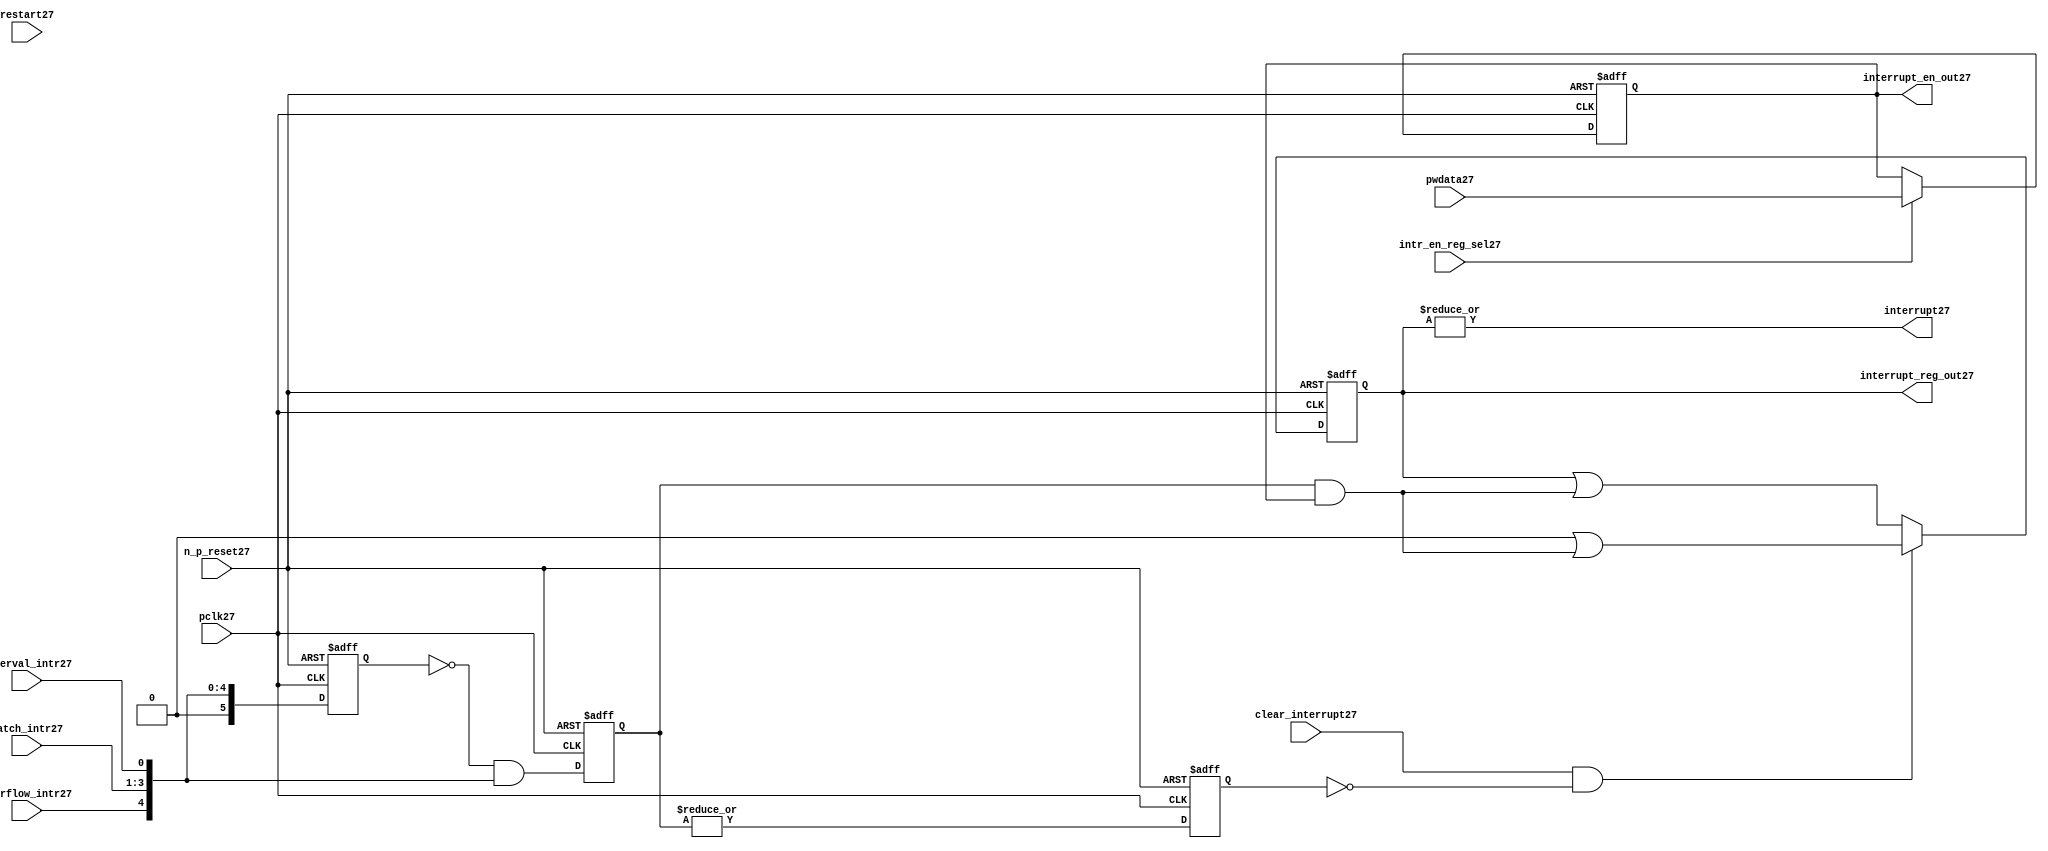
//File27 name   : ttc_interrupt_lite27.v
//Title27       : 
//Created27     : 1999
//Description27 : Interrupts27 from the counter modules27 are registered
//              and if enabled cause the output interrupt27 to go27 high27.
//              Also27 the match127 interrupts27 are monitored27 to generate output 
//Notes27       : 
//----------------------------------------------------------------------
//   Copyright27 1999-2010 Cadence27 Design27 Systems27, Inc27.
//   All Rights27 Reserved27 Worldwide27
//
//   Licensed27 under the Apache27 License27, Version27 2.0 (the
//   "License27"); you may not use this file except27 in
//   compliance27 with the License27.  You may obtain27 a copy of
//   the License27 at
//
//       http27://www27.apache27.org27/licenses27/LICENSE27-2.0
//
//   Unless27 required27 by applicable27 law27 or agreed27 to in
//   writing, software27 distributed27 under the License27 is
//   distributed27 on an "AS27 IS27" BASIS27, WITHOUT27 WARRANTIES27 OR27
//   CONDITIONS27 OF27 ANY27 KIND27, either27 express27 or implied27.  See
//   the License27 for the specific27 language27 governing27
//   permissions27 and limitations27 under the License27.
//----------------------------------------------------------------------
 


//-----------------------------------------------------------------------------
// Module27 definition27
//-----------------------------------------------------------------------------

module ttc_interrupt_lite27(

  //inputs27
  n_p_reset27,                             
  pwdata27,                             
  pclk27,
  intr_en_reg_sel27, 
  clear_interrupt27,                   
  interval_intr27,
  match_intr27,
  overflow_intr27,
  restart27,

  //outputs27
  interrupt27,
  interrupt_reg_out27,
  interrupt_en_out27
  
);


//-----------------------------------------------------------------------------
// PORT DECLARATIONS27
//-----------------------------------------------------------------------------

   //inputs27
   input         n_p_reset27;            //reset signal27
   input [5:0]   pwdata27;               //6 Bit27 Data signal27
   input         pclk27;                 //System27 clock27
   input         intr_en_reg_sel27;      //Interrupt27 Enable27 Reg27 Select27 signal27
   input         clear_interrupt27;      //Clear Interrupt27 Register signal27
   input         interval_intr27;        //Timer_Counter27 Interval27 Interrupt27
   input [3:1]   match_intr27;           //Timer_Counter27 Match27 1 Interrupt27 
   input         overflow_intr27;        //Timer_Counter27 Overflow27 Interrupt27 
   input         restart27;              //Counter27 restart27

   //Outputs27
   output        interrupt27;            //Interrupt27 Signal27 
   output [5:0]  interrupt_reg_out27;    //6 Bit27 Interrupt27 Register
   output [5:0]  interrupt_en_out27; //6 Bit27 Interrupt27 Enable27 Register


//-----------------------------------------------------------------------------
// Internal Signals27 & Registers27
//-----------------------------------------------------------------------------

   wire [5:0]   intr_detect27;          //Interrupts27 from the Timer_Counter27
   reg [5:0]    int_sync_reg27;         //6-bit 1st cycle sync register
   reg [5:0]    int_cycle_reg27;        //6-bit register ensuring27 each interrupt27 
                                      //only read once27
   reg [5:0]    interrupt_reg27;        //6-bit interrupt27 register        
   reg [5:0]    interrupt_en_reg27; //6-bit interrupt27 enable register
   

   reg          interrupt_set27;        //Prevents27 unread27 interrupt27 being cleared27
   
   wire         interrupt27;            //Interrupt27 output
   wire [5:0]   interrupt_reg_out27;    //Interrupt27 register output
   wire [5:0]   interrupt_en_out27; //Interrupt27 enable output


   assign interrupt27              = |(interrupt_reg27);
   assign interrupt_reg_out27      = interrupt_reg27;
   assign interrupt_en_out27       = interrupt_en_reg27;
   
   assign intr_detect27 = {1'b0,
                         overflow_intr27,  
                         match_intr27[3],  
                         match_intr27[2], 
                         match_intr27[1], 
                         interval_intr27};

   

// Setting interrupt27 registers
   
   always @ (posedge pclk27 or negedge n_p_reset27)
   begin: p_intr_reg_ctrl27
      
      if (!n_p_reset27)
      begin
         int_sync_reg27         <= 6'b000000;
         interrupt_reg27        <= 6'b000000;
         int_cycle_reg27        <= 6'b000000;
         interrupt_set27        <= 1'b0;
      end
      else 
      begin

         int_sync_reg27    <= intr_detect27;
         int_cycle_reg27   <= ~int_sync_reg27 & intr_detect27;

         interrupt_set27   <= |int_cycle_reg27;
          
         if (clear_interrupt27 & ~interrupt_set27)
            interrupt_reg27 <= (6'b000000 | (int_cycle_reg27 & interrupt_en_reg27));
         else 
            interrupt_reg27 <= (interrupt_reg27 | (int_cycle_reg27 & 
                                               interrupt_en_reg27));
      end 
      
   end  //p_intr_reg_ctrl27


// Setting interrupt27 enable register
   
   always @ (posedge pclk27 or negedge n_p_reset27)
   begin: p_intr_en_reg27
      
      if (!n_p_reset27)
      begin
         interrupt_en_reg27 <= 6'b000000;
      end
      else 
      begin

         if (intr_en_reg_sel27)
            interrupt_en_reg27 <= pwdata27[5:0];
         else
            interrupt_en_reg27 <= interrupt_en_reg27;

      end 
      
   end  
           


endmodule